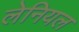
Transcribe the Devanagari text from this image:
लेनियल